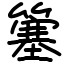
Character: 簺